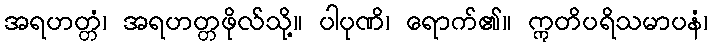
အရဟတ္တံ၊ အရဟတ္တဖိုလ်သို့။ ပါပုဏိ၊ ရောက်၏။ ဣတိပရိသမာပနံ၊